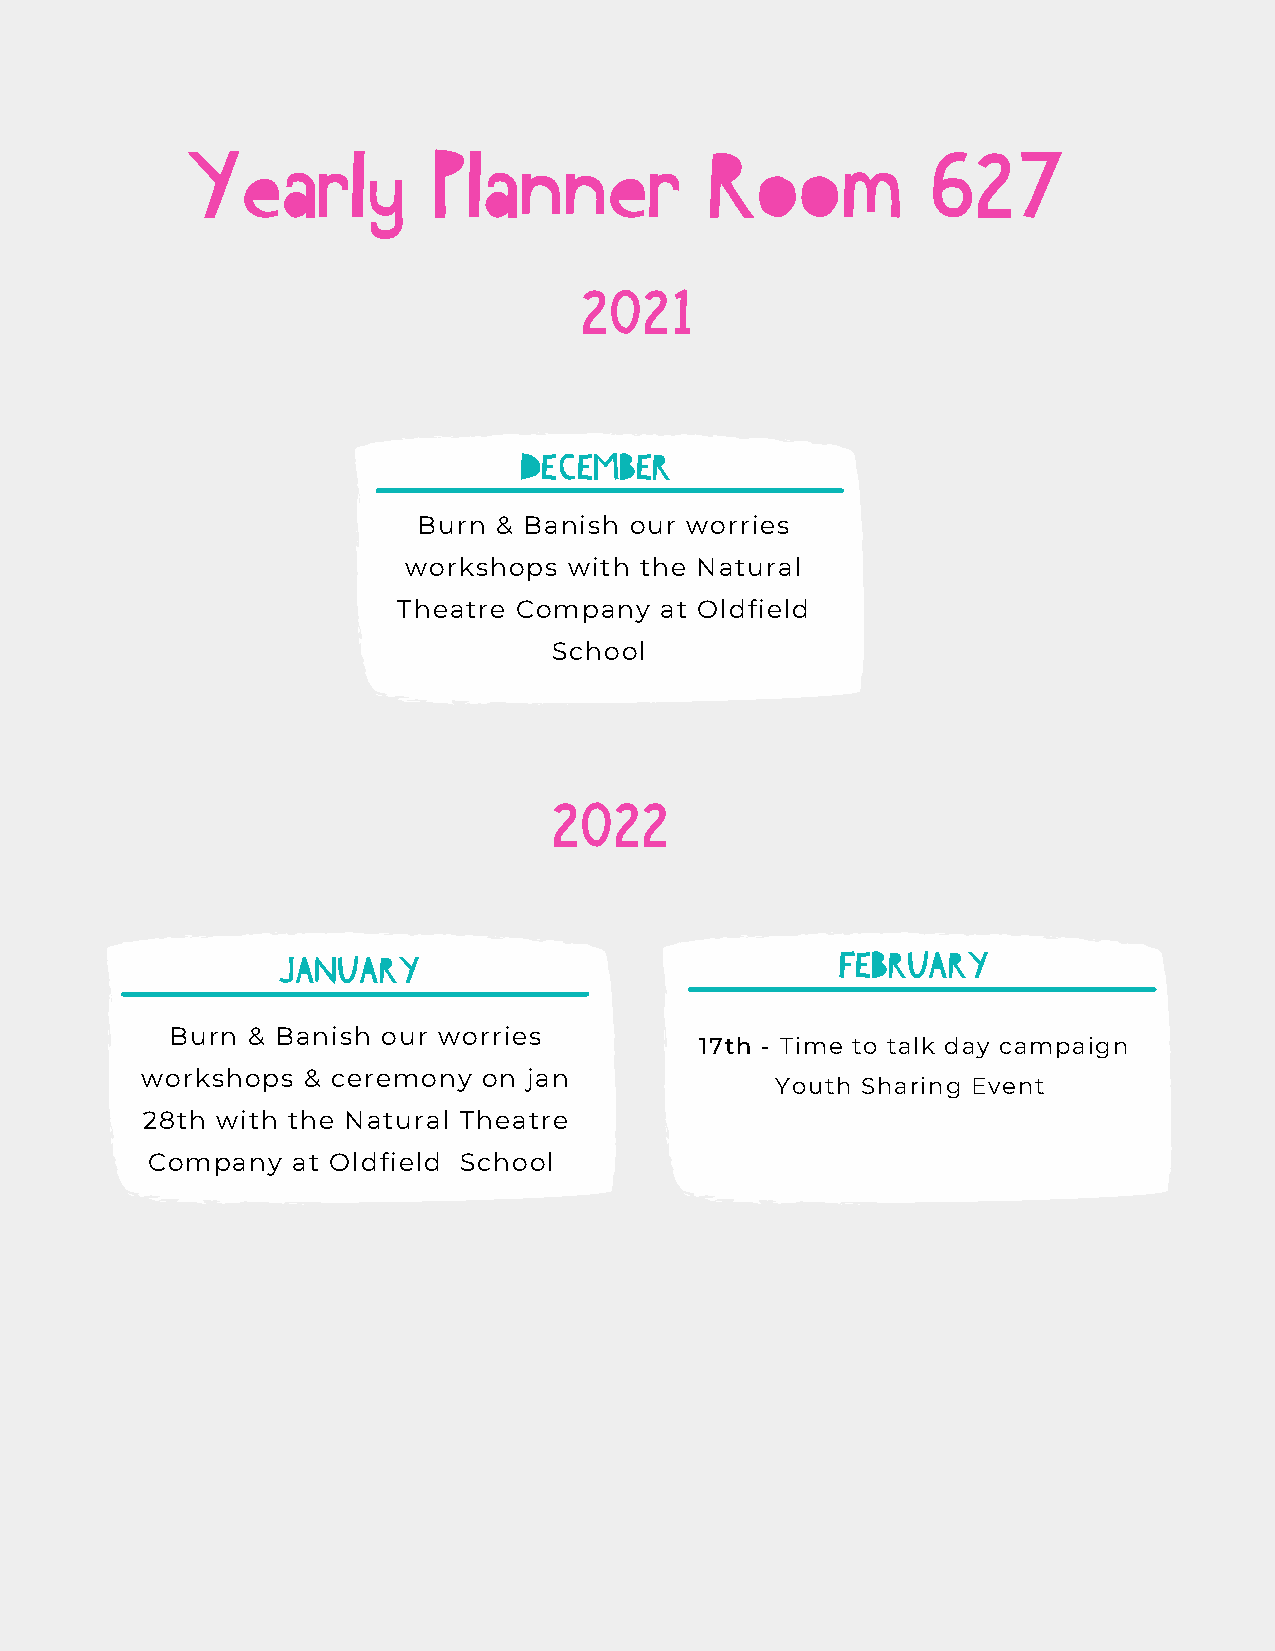
Yearly           Planner           Room           627
 2021
 DECEMBER
 Burn & Banish our worries
 workshops  with the Natural
 Theatre Company   at Oldfield
 School
 2022
 JANUARY                               FEBRUARY
 Burn & Banish our worries
 17th - Time to talk day campaign
 workshops  & ceremony  on jan
 Youth Sharing Event
 28th with the Natural Theatre
 Company  at Oldfield School